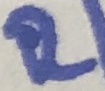
Text: R